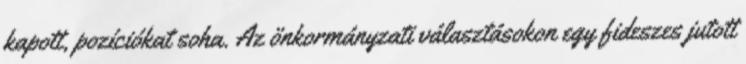
kapott, pozíciókat soha. Az önkormányzati választásokon egy fideszes jutott